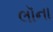
લૉના